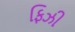
ફિઝી